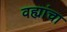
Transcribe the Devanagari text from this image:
वह्यांचा